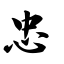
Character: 忠